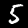
Digit: 5